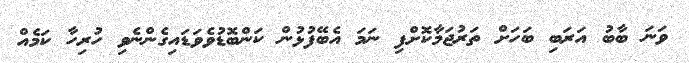
ވަނަ ބާބު އަރަބި ބަހަށް ތަރުޖަމާކޮށްފި ނަމަ އެބޭފުޅުން ކަންބޮޑުވެވަޑައިގެންނެވި ހުރިހާ ކަމެއް